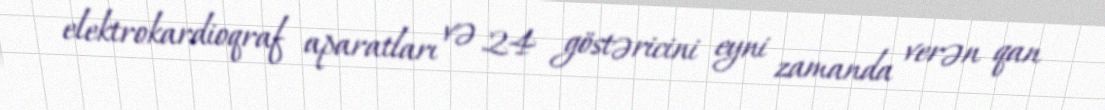
elektrokardioqraf aparatları və 24 göstəricini eyni zamanda verən qan